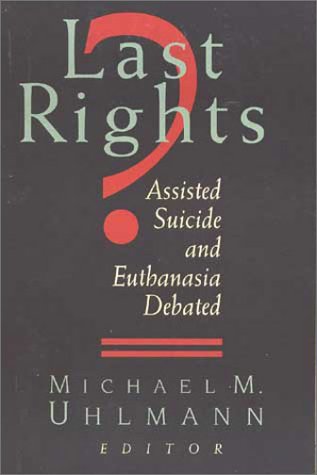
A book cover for Last Rights?: Assisted Suicide and Euthanasia Debated; D. C.) Ethics and Public Policy Center (Washington; Medical Books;